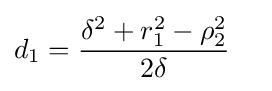
d_{1}={\frac {\delta ^{2}+r_{1}^{2}-\rho _{2}^{2}}{2\delta }}\quad